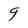
Character: 9